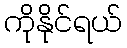
ကိုနိုင်ရယ်